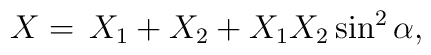
X =\, X_1 + X_2 + X_1 X_2 \sin^2 \alpha,